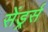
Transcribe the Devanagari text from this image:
सेंड्रर्स